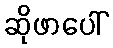
ဆိုဖာပေါ်